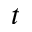
t